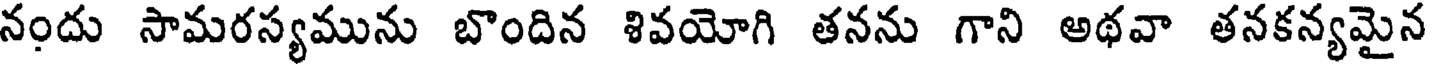
నందు సామరస్యమును బొందిన శివయోగి తనను గాని అథవా తనకన్యమైన